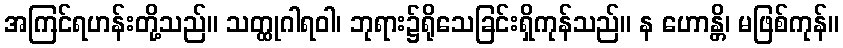
အကြင်ရဟန်းတို့သည်။ သတ္ထုဂါရဝါ၊ ဘုရား၌ရိုသေခြင်းရှိကုန်သည်။ န ဟောန္တိ၊ မဖြစ်ကုန်။